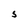
Character: S